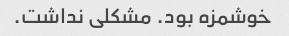
خوشمزه بود. مشکلی نداشت.